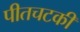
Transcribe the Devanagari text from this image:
पीतचटकी